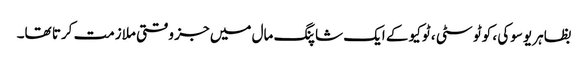
بظاہر یوسوکی ، کوٹو سٹی ، ٹوکیو کے ایک شاپنگ مال میں جز وقتی ملازمت کرتا تھا۔